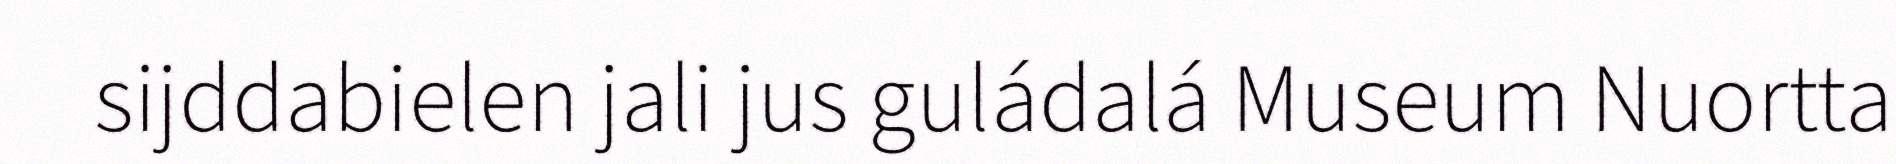
sijddabielen jali jus guládalá Museum Nuortta